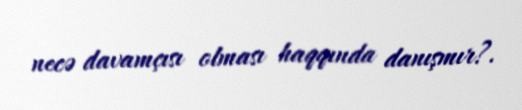
necə davamçısı olması haqqında danışmır?.